Vaccination report Assam 1896-1927 - 1896-1927
Year: 1896
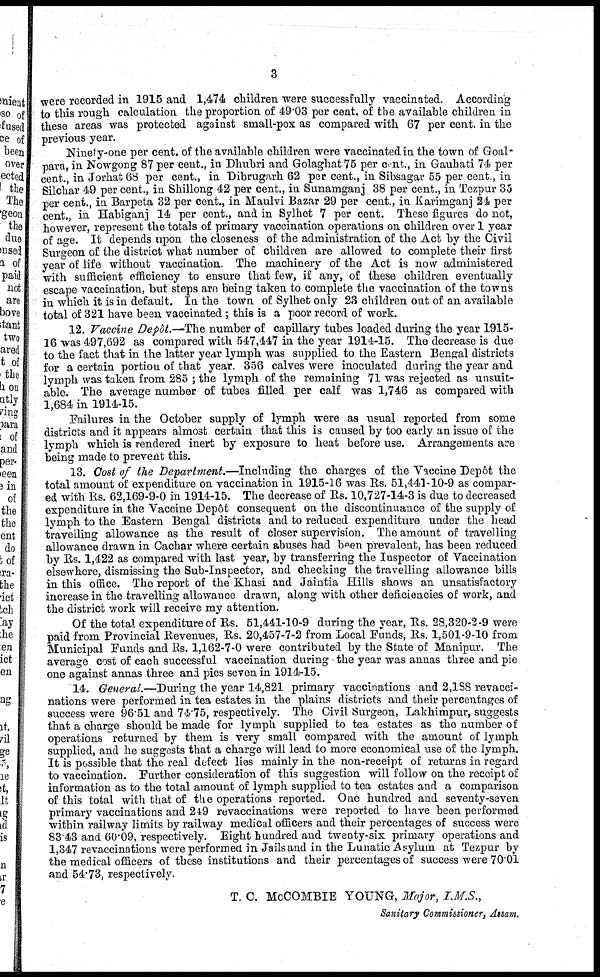
3
were recorded in 1915 and 1,474 children were successfully vaccinated. According
to this rough calculation the proportion of 49.03 per cent. of the available children in
these areas was protected against small-pox as compared with 67 per cent. in the
previous year.
Ninety one per cent. of the available children were vaccinated in the town of Goal-
para, in Nowgong 87 per cent., in Dhubri and Golaghat 75 per cent., in Gauhati 74 per
cent., in Jorhat 68 per cent., in Dibrugarh 62 per cent., in Sibsagar 55 per cent, in
Silchar 49 per cent., in Shillong 42 per cent., in Sunamganj 38 per cent., in Tezpur 35
per cent., in Barpeta 32 per cent., in Maulvi Bazar 29 per cent., in Karimganj 24 per
cent., in Habiganj 14 per cent., and in Sylhet 7 per cent. These figures do not,
however, represent the totals of primary vaccination operations on children over 1 year
of age. It depends upon the closeness of the administration of the Act by the Civil
Surgeon of the district what number of children are allowed to complete their first
year of life without vaccination.. The machinery of the Act is now administered
with sufficient efficiency to ensure that few, if any, of these children eventually
escape vaccination, but steps are being taken to complete the vaccination of the towns
in which it is in default. In the town of Sylhet only 23 children out of an available
total of 321 have been vaccinated; this is a poor record of work.
12. Vaccine Depôt. —The number of capillary tubes loaded during the year 1915-
16 was 497,692 as compared with 547,447 in the year 1914-15. The decrease is due
to the fact that in the latter year lymph was supplied to the Eastern Bengal districts
for a certain portion of that year. 356 calves were inoculated during the year and
lymph was taken from 285 ; the lymph of the remaining 71 was rejected as unsuit-
able. The average number of tubes filled per calf was 1,746 as compared with
1,684 in 1914-15.
Failures in the October supply of lymph were as usual reported from some
districts and it appears almost certain that this is caused by too early an issue of the
lymph which is rendered inert by exposure to heat before use. Arrangements are
being made to prevent this.
13. Cost of the Department.—Including the charges of the Vaccine Depôt the
total amount of expenditure on vaccination in 1915-16 was Rs. 51,441-10-9 as compar-
ed with Rs. 62,169-9-0 in 1914-15. The decrease of Rs. 10,727-14-3 is due to decreased
expenditure in the Vaccine Depôt consequent on the discontinuance of the supply of
lymph to the Eastern Bengal districts and to reduced expenditure under the head
travelling allowance as the result of closer supervision. The amount of travelling
allowance drawn in Cachar where certain abuses had been prevalent, has been reduced
by Rs. 1,422 as compared with last year, by transferring the Inspector of Vaccination
elsewhere, dismissing the Sub-Inspector, and checking the travelling allowance bills
in this office. The report of the Khasi and Jaintia Hills shows an unsatisfactory
increase in the travelling allowance drawn, along with other deficiencies of work, and
the district work will receive my attention.
Of the total expenditure of Rs. 51,441-10-9 during the year, Rs. 28,320-2-9 were
paid from Provincial Revenues, Rs. 20,457-7-2 from Local Funds, Rs. 1,501-9-10 from
Municipal Funds and Rs. 1,162-7-0 were contributed by the State of Manipur. The
average cost of each successful vaccination during the year was annas three and pie
one against annas three and pies seven in 1914-15.
14. General.—During the year 14,821 primary vaccinations and 2,188 revacci-
-ations were performed in tea estates in the plains districts and their percentages of
success were 96.51 and 74.75, respectively. The Civil Surgeon, Lakhimpur, suggests
that a charge should be made for lymph supplied to tea estates as the number of
operations returned by them is very small compared with the amount of lymph
supplied, and he suggests that a charge will lead to more economical use of the lymph.
It is possible that the real defect lies mainly in the non-receipt of returns in regard
to vaccination. Further consideration of this suggestion will follow on the receipt of
information as to the total amount of lymph supplied to tea estates and a comparison
of this total with that of the operations reported. One hundred and seventy-seven
primary vaccinations and 249 revaccinations were reported to have been performed
within railway limits by railway medical officers and their percentages of success were
83 43 and 60.09, respectively. Eight hundred and twenty-six primary operations and
1,347 revaccinations were performed in Jails and in the Lunatic Asylum at Tezpur by
the medical officers of these institutions and their percentages of success were 70.01
and 54.73, respectively.
T. C. McCOMBIE YOUNG, Major, I.M.S.,
Sanitary Commissioner, Assam.